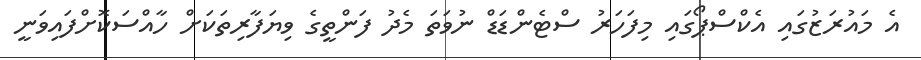
އެ މައުރަޒުގައި އެކްސްޕޯގައި މިފަހަރު ސްޓެންޑަޑް ނުވަތަ މެދު ފަންތީގެ ވިޔަފާރިތަކަށް ހާއްސަކޮށްފައިވަނީ